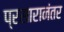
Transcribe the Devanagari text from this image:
प्रसारानंतर